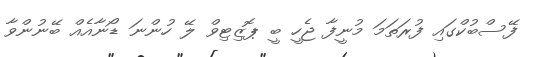
ފޭސްބުކްގައި ފުރަތަމަ މުނީފާ ޖެހީ ބީ ޕޮޒިޓިވް ލޭ ހުންނަ ޑޯނާއެއް ބޭނުންވާ